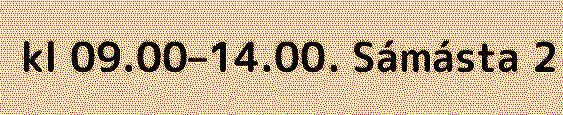
kl 09.00–14.00. Sámásta 2